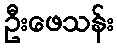
ဦးဖေသန်း